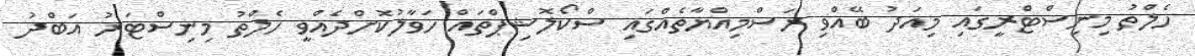
ހެލްތު މިނިސްޓްރީގައި މިއަދު ބޭއްވި ރަސްމިއްޔާތެއްގައި ސްކޯލޮޝިޕްތައް ހަވާލުކޮށްދެއްވީ ހެލްތު މިނިސްޓަރު އަބްދު